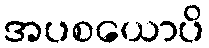
အပစယောပိ